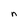
Character: n